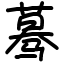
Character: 蓦